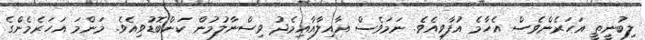
ލިބުނީތީ އަހަރެންވެސް އެހާމެ އުފާވިއެވެ. ނަމަވެސް އާއިލާއާއިމެދު ވިސްނާލުމުން ކަންބޮޑުވިއެވެ. މަންމަ އަހަރެމެންގެ